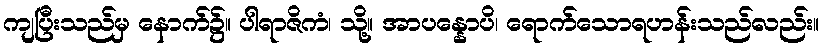
ကျပြီးသည်မှ နောက်၌။ ပါရာဇိကံ၊ သို့။ အာပန္နောပိ၊ ရောက်သောရဟန်းသည်လည်း။